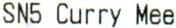
SN5 CURRY MEE